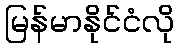
မြန်မာနိုင်ငံလို